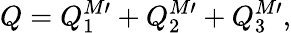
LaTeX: Q=Q_{1}^{M\prime}+Q_{2}^{M\prime}+Q_{3}^{M\prime},